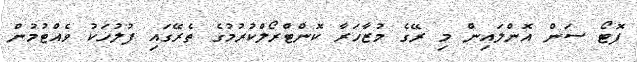
ފޮޓޯ ސަން އޮންލައިން މި ރޭގެ މުޒާހަރާ ކޮންޓްރޯލްކުރުމުގެ ތެރޭގައި ފުލުހަކު ވެއްޓުމުން